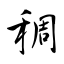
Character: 稠